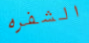
الشفره